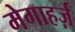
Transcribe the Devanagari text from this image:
मेगाहर्ज़